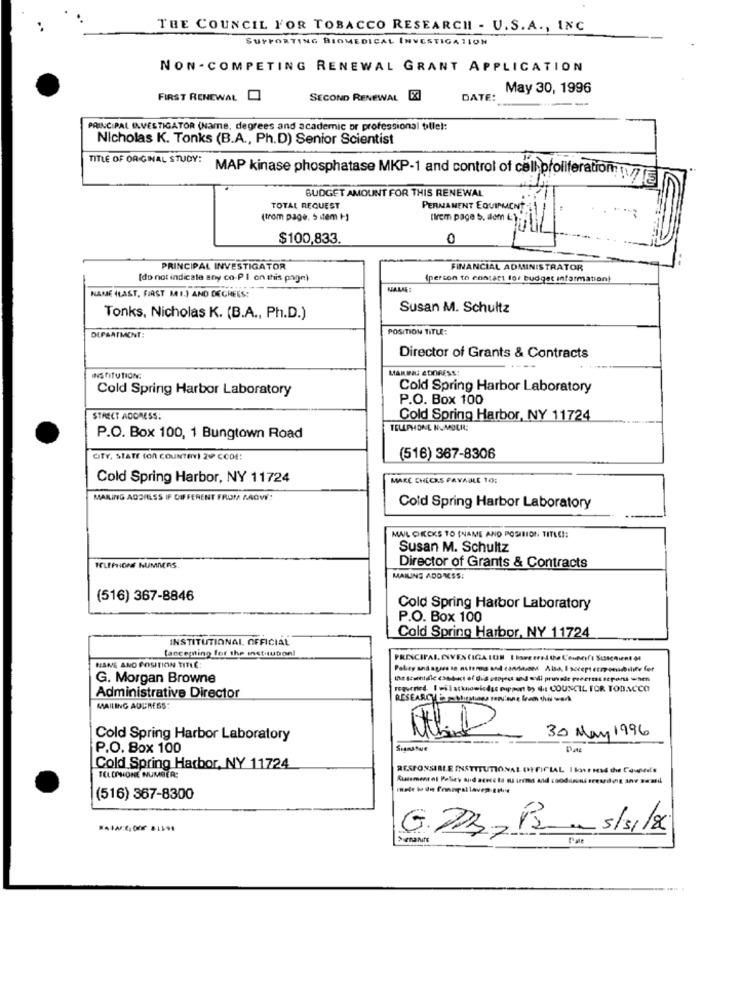
THE COUNCIL FOR TOBACCO RESEARCH - U.S.A ., INC
SUPPORTING BIOMEDICAL INVESTIGATION
NON- COMPETING RENEWAL GRANT APPLICATION
May 30, 1996
FIRST RENEWAL
SECOND RENEWAL [X]
DATE:
PRINCIPAL INVESTIGATOR (Name, degrees and academic or professional titlel:
Nicholas K. Tonks (B.A ., Ph.D) Senior Scientist
TITLE OF ORIGINAL STUDY:
MAP kinase phosphatase MKP-1 and control of cellproliferation/7
BUDGET AMOUNT FOR THIS RENEWAL
TOTAL REQUEST
PERNAMENT EQUIPMENT
(trom page. 5 item +)
(vem page b. aom LA
$100,833.
0
PRINCIPAL INVESTIGATOR
FINANCIAL ADMINISTRATOR
(do not indicate any co-PI on this page)
(person to contact for budget information!
NAME (LAST, FAST MI.) AND DEGREES:
NALIA
Susan M. Schultz
Tonks, Nicholas K. (B.A ., Ph.D.)
POSITION TITLE:
DEPARTMENT:
Director of Grants & Contracts
MARIEL ADDRESS
INSTITUTION
Cold Spring Harbor Laboratory
Cold Spring Harbor Laboratory
P.O. Box 100
STREET ADDRESS:
Cold Spring Harbor, NY 11724
TELEPHONE NUMBER:
P.O. Box 100, 1 Bungtown Road
OTY, STATE (OR COUNTRY) 21 CODE:
(516) 367-8306
Cold Spring Harbor, NY 11724
MAKÇ CHECKS PAYABLE 10:
MAILING ADDRESS IF DIFFERENT FROM MOVÝ!
Cold Spring Harbor Laboratory
MA/L CHICKS TO (NAME AND POSITION TITLE !:
Susan M. Schultz
Director of Grants & Contracts
TELEFONE NUMMERS
MAIUNS ADOMSS:
(516) 367-8846
Cold Spring Harbor Laboratory
P.O. Box 100
INSTITUTIONAL, OFFICIAL
Cold Spring Harbor, NY 11724
tanceming for the institution!
NANE ANO POSITION TITLE:
Paley andagree to nuterms and candiedsom Also, I accept eumonability for
G. Morgan Browne
regerned. I wil acknowicdss pippen b) 4: COUNCIL FOR TOBACCO
Administrative Director
RESEARCH inT- Mirtar ren'tune lem this work
MAILING ADDRESS:
30 May 1996
Cold Spring Harbor Laboratory
P.O. Box 100
Scanstue
Cold Spring Harbor, NY 11724
RESPONSIBLE INSTITUTIONAL OFFICIAL 1 korMed the Couned's
TELEPHONE NUMBER:
Cialement ol Policy and acecc to ns
(516) 367-8300
G.P=P __ 5/8